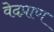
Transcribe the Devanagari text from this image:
वेदप्राण